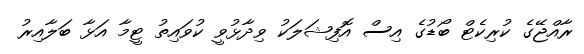
ރާއްޖޭގެ ކުރިކެޓް ބޯޑުގެ އިސް އޮފިޝަލަކު ވިދާޅުވީ ކުވައިތު ޓީމާ އަޅާ ބަލާއިރު